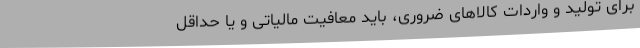
برای تولید و واردات کالاهای ضروری، باید معافیت مالیاتی و یا حداقل